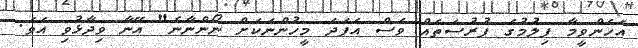
އެހެންވީމާ ފިލުމުގެ ފުރުސަތެއް ވެސް އެފަދަ މީހުންނަކަށް ނޯންނާނެ" އޭނާ ވިދާޅުވި އެވެ.